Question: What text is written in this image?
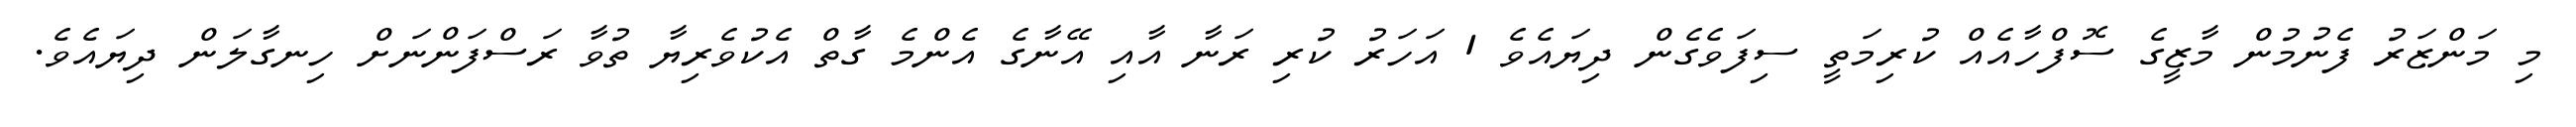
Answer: މި މަންޒަރު ފެނުމުން މާޒީގެ ސޮފްހާއެއް ކުރިމަތީ ސިފަވެގެން ދިޔައެވެ 1 އަހަރު ކުރި ރަނާ އާއި އޭނާގެ އެންމެ ގާތް އެކުވެރިޔާ ތުވާ ރަސްފަންނަށް ހިނގާލަން ދިޔައެވެ.